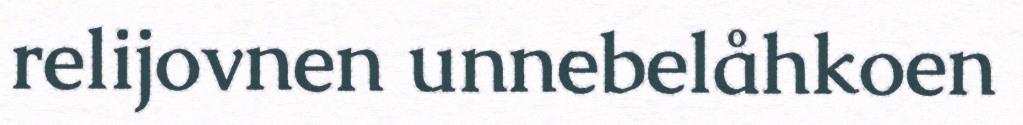
relijovnen unnebelåhkoen